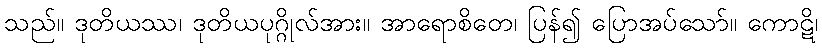
သည်။ ဒုတိယဿ၊ ဒုတိယပုဂ္ဂိုလ်အား။ အာရောစိတေ၊ ပြန်၍ ပြောအပ်သော်။ ကောဋိ၊